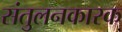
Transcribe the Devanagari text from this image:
संतुलनकारक